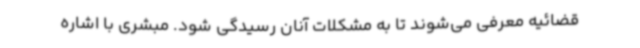
قضائیه معرفی می‌شوند تا به مشکلات آنان رسیدگی شود. مبشری با اشاره